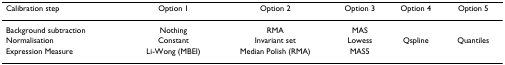
<table><thead><tr><td><b>Calibration step</b></td><td><b>Option 1</b></td><td><b>Option 2</b></td><td><b>Option 3</b></td><td><b>Option 4</b></td><td><b>Option 5</b></td></tr></thead><tbody><tr><td>Background subtraction</td><td>Nothing</td><td>RMA</td><td>MAS</td><td></td><td></td></tr><tr><td>Normalisation</td><td>Constant</td><td>Invariant set</td><td>Lowess</td><td>Qspline</td><td>Quantiles</td></tr><tr><td>Expression Measure</td><td>Li-Wong (MBEI)</td><td>Median Polish (RMA)</td><td>MAS5</td><td></td><td></td></tr></tbody></table>